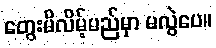
တွေးမိလိမ့်မည်မှာ မလွဲပေ။